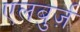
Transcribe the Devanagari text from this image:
एलबुर्ज़